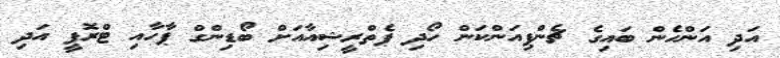
އަދި އަންހެން ބައިގެ ޗެންޕިއަންކަން ހޯދި ޕެތްރީޝިއާއަށް ބޯޑިންގް ޕާހާއި ޓްރޮފީ އަދި